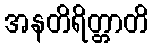
အနတိရိတ္တာတိ